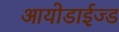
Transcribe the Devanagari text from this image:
आयोडाईज्ड